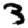
Digit: 3